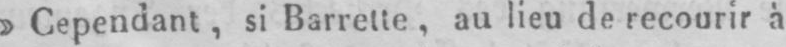
»Cependant, si Barrette, au lieu de recourir à